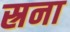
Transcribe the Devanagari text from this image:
स्रना